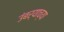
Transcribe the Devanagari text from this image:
उंबर्‍याच्या